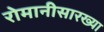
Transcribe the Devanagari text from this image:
रोमानीसारख्या